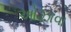
ઓઝાવા